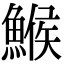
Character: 鯸